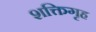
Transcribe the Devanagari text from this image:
शक्तिगृह